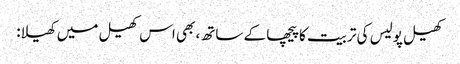
کھیل پولیس کی تربیت کا پیچھا کے ساتھ، بھی اس کھیل میں کھیلا: